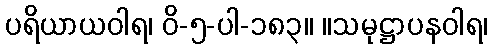
ပရိယာယဝါရ၊ ဝိ-၅-ပါ-၁၈၃။ ။သမုဋ္ဌာပနဝါရ၊